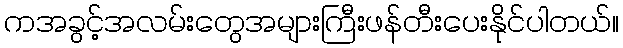
ကအခွင့်အလမ်းတွေအများကြီးဖန်တီးပေးနိုင်ပါတယ်။